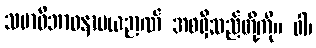
သမာဓိဘာဝနာမယဉာဏ် အစရှိသည်တို့ကို။ ဝါ၊